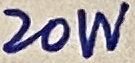
Text: 20W